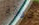
ورقة